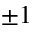
\pm 1